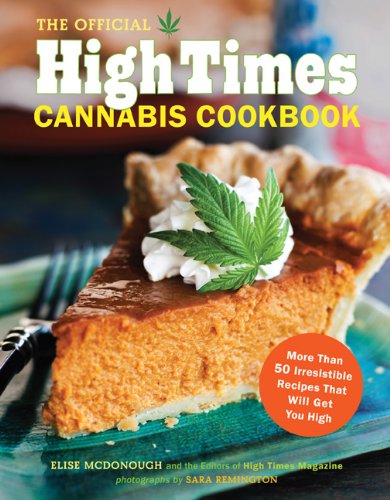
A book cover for The Official High Times Cannabis Cookbook: More Than 50 Irresistible Recipes That Will Get You High; Editors of High Times Magazine; Cookbooks, Food & Wine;